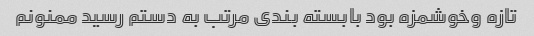
تازه وخوشمزه بود بابسته بندی مرتب به دستم رسید ممنونم